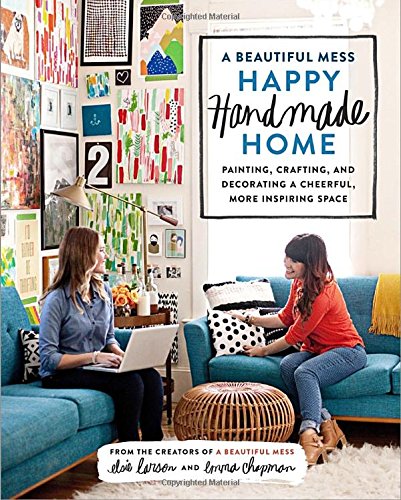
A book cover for A Beautiful Mess Happy Handmade Home: Painting, Crafting, and Decorating a Cheerful, More Inspiring Space; Elsie Larson; Crafts, Hobbies & Home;